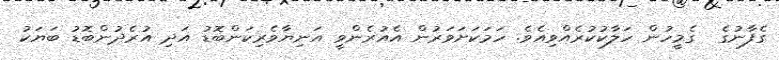
ގެފާނުގެ  ގެމީހުން ހަލާކުކުރެއްވިއެވެ. ހަމަކަށަވަރުން އެއުރެންވީ އަނިޔާވެރިކަންބޮޑު އަދި އުރެދުންބޮޑު ބަޔަކު